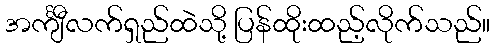
အင်္ကျီလက်ရှည်ထဲသို့ ပြန်ထိုးထည့်လိုက်သည်။